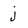
Character: j